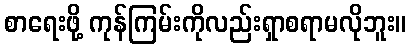
စာရေးဖို့ ကုန်ကြမ်းကိုလည်းရှာစရာမလိုဘူး။